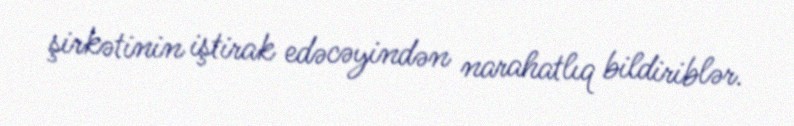
şirkətinin iştirak edəcəyindən narahatlıq bildiriblər.